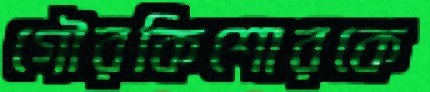
গৌরকিশোরকে